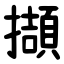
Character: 擷